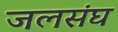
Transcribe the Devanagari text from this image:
जलसंघ